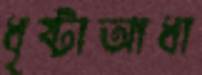
ধৃষ্টাআধা